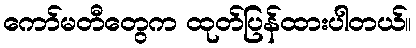
ကော်မတီတွေက ထုတ်ပြန်ထားပါတယ်။